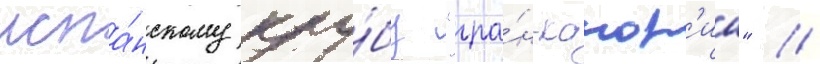
испа́нскому клу́бу "гра́н-канар'иа" //